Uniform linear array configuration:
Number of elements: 32
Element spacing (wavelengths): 0.25
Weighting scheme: uniform
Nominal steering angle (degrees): -30
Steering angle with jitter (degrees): -28.883
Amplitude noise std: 0.05
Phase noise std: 0.05

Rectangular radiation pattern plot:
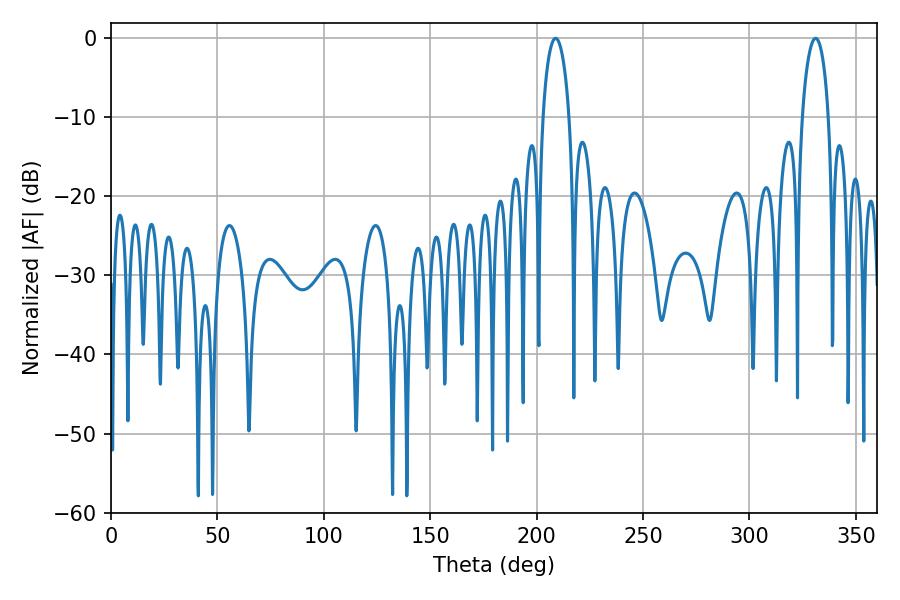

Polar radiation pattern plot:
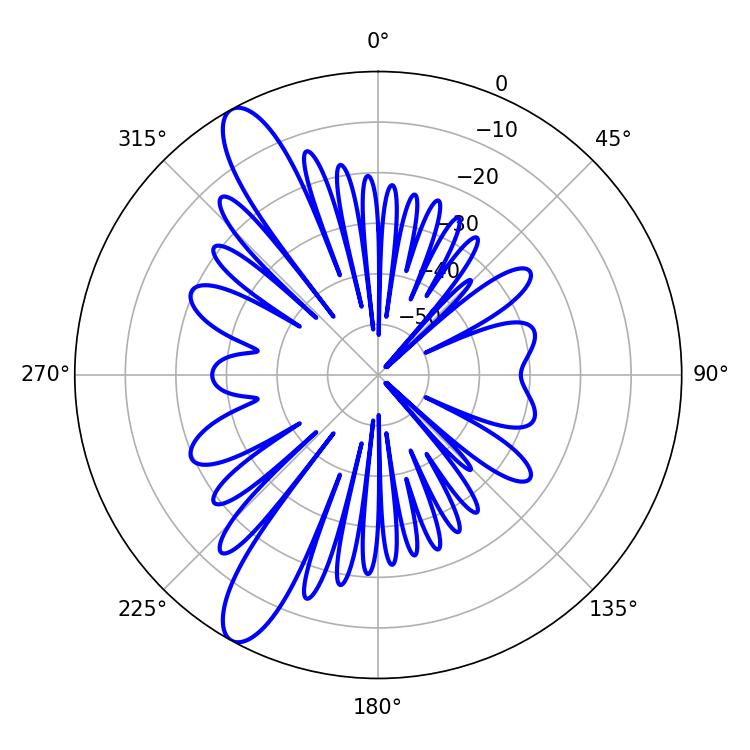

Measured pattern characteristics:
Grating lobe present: FALSE
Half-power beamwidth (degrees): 7.2
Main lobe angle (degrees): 208.98